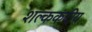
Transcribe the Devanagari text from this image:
शल्ककंदीय